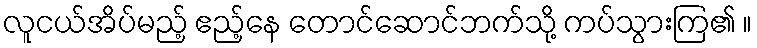
လူငယ်အိပ်မည့် ဧည့်နေ တောင်ဆောင်ဘက်သို့ ကပ်သွားကြ၏ ။